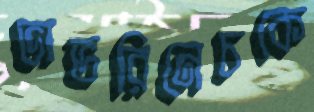
ভাভরিনেচকে